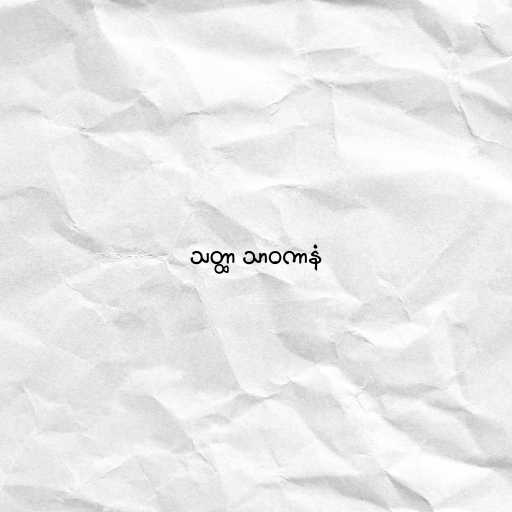
သတ္ထာ သာဝကာနံ